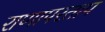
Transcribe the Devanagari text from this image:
राणापरताप